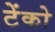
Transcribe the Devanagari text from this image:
टेंको